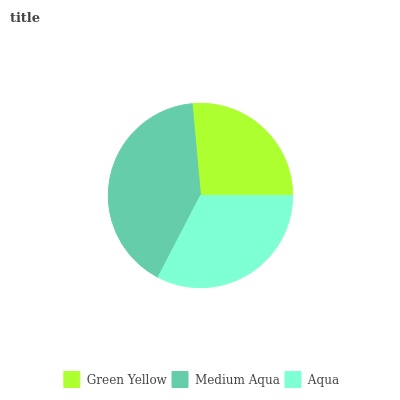
| Green Yellow | Medium Aqua | Aqua |
 | --- | --- | --- |
 | 26.4% | 40.9% | 32.6% |